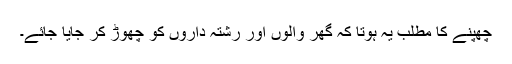
چھپنے کا مطلب یہ ہوتا کہ گھر والوں اور رشتہ داروں کو چھوڑ کر جایا جائے۔